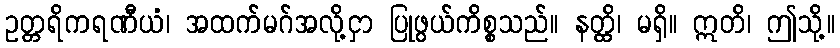
ဥတ္တရိကရဏီယံ၊ အထက်မဂ်အလို့ငှာ ပြုဖွယ်ကိစ္စသည်။ နတ္ထိ၊ မရှိ။ ဣတိ၊ ဤသို့။